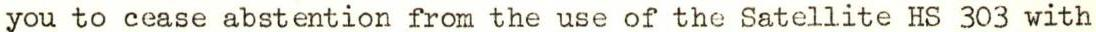
you to cease abstention from the use of the Satellite HS 303 with